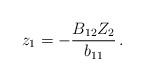
LaTeX: \begin{align*}z_1=-\frac{B_{12}Z_2}{b_{11}}\,.\end{align*}